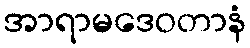
အာရာမဒေဝတာနံ